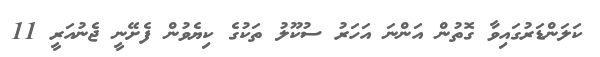
ކަލަންޑަރުގައިވާ ގޮތުން އަންނަ އަހަރު ސުކޫލު ތަކުގެ ކިޔެވުން ފެށޭނީ ޖެނުއަރީ 11